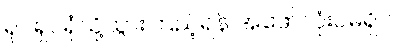
ရုပ်ရှင်ရုံသို့သွားကြည့်ရန် အဖော်လုံးဝမရှိပါ။